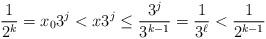
LaTeX: \begin{align*}\frac{1}{2^k} = x_0 3^j < x 3^j \leq \frac{3^j}{3^{k-1}} = \frac{1}{3^{\ell} } < \frac{1}{2^{k-1}}\end{align*}